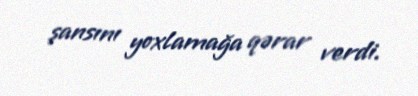
şansını yoxlamağa qərar verdi.